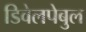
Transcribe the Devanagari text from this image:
डिवेलपेबुल